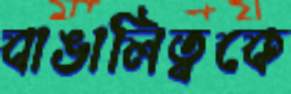
বাঙালিত্বকে